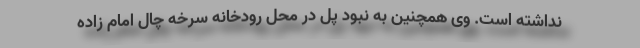
نداشته است. وی همچنین به نبود پل در محل رودخانه سرخه چال امام زاده